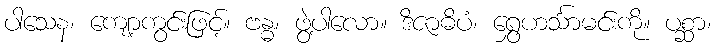
ပါသေန၊ ကျော့ကွင်းဖြင့်။ ဗန္ဓ၊ ဖွဲ့ပါလော။ ဒိဇာဓိပံ၊ ရွှေဟင်္သာမင်းကို။ ပစ္ဆာ၊